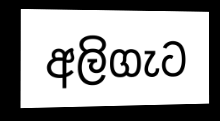
අලිගැට